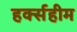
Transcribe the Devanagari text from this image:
हर्क्सहीम